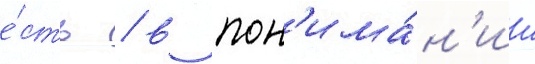
е́сть / в пон'има́н'ии